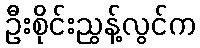
ဦးစိုင်းညွန့်လွင်က